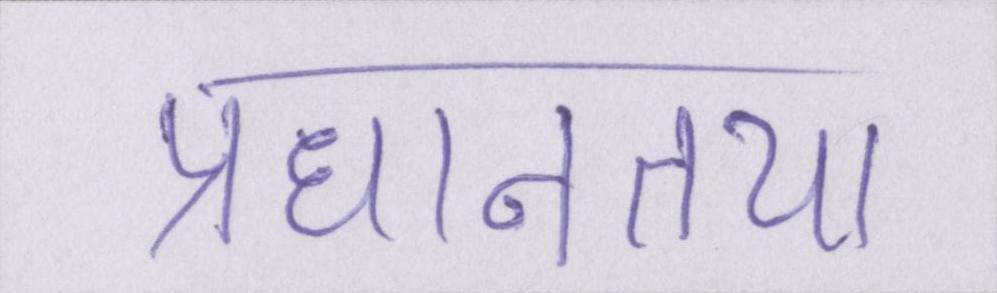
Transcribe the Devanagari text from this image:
प्रधानतया